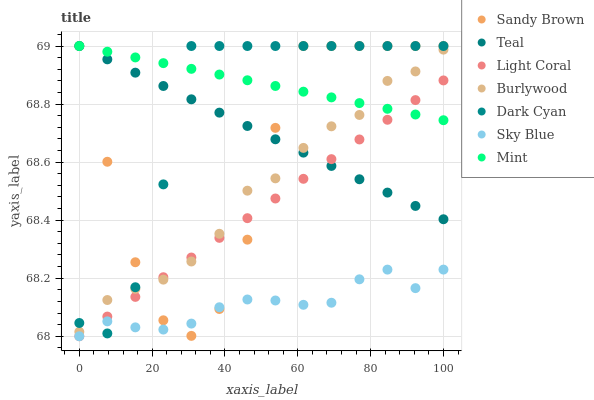
| xaxis_label | Sandy Brown | Teal | Light Coral | Burlywood | Dark Cyan | Sky Blue | Mint |
 | --- | --- | --- | --- | --- | --- | --- | --- |
 | 0 | 69 | 69 | 68 | 68 | 68 | 68 | 69 |
 | 7.69 | 68.6 | 69 | 68.1 | 68.1 | 68 | 68.1 | 69 |
 | 15.4 | 68.3 | 68.9 | 68.1 | 68.2 | 68.2 | 68 | 69 |
 | 23.1 | 68.1 | 68.9 | 68.2 | 68.2 | 68.5 | 68 | 68.9 |
 | 30.8 | 68 | 68.8 | 68.3 | 68.3 | 69 | 68 | 68.9 |
 | 38.5 | 68.1 | 68.8 | 68.3 | 68.4 | 69 | 68.1 | 68.9 |
 | 46.2 | 68.3 | 68.7 | 68.4 | 68.5 | 69 | 68.1 | 68.9 |
 | 53.8 | 68.7 | 68.7 | 68.5 | 68.5 | 69 | 68.1 | 68.9 |
 | 61.5 | 69 | 68.6 | 68.5 | 68.6 | 69 | 68.1 | 68.8 |
 | 69.2 | 69 | 68.6 | 68.6 | 68.7 | 69 | 68.1 | 68.8 |
 | 76.9 | 69 | 68.5 | 68.7 | 68.8 | 69 | 68.2 | 68.8 |
 | 84.6 | 69 | 68.5 | 68.7 | 68.9 | 69 | 68.2 | 68.8 |
 | 92.3 | 69 | 68.4 | 68.8 | 68.9 | 69 | 68.2 | 68.8 |
 | 100 | 69 | 68.4 | 68.9 | 69 | 69 | 68.2 | 68.7 |